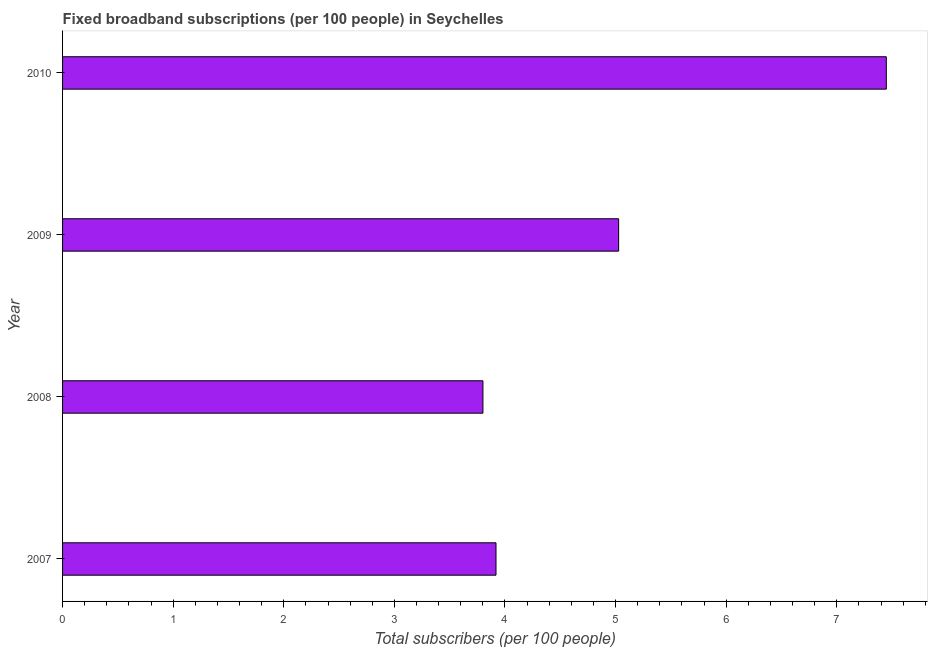
| Year | Fixed broadband subscriptions (per 100 people) |
 | --- | --- |
 | 2007 | 3.92 |
 | 2008 | 3.8 |
 | 2009 | 5.03 |
 | 2010 | 7.45 |